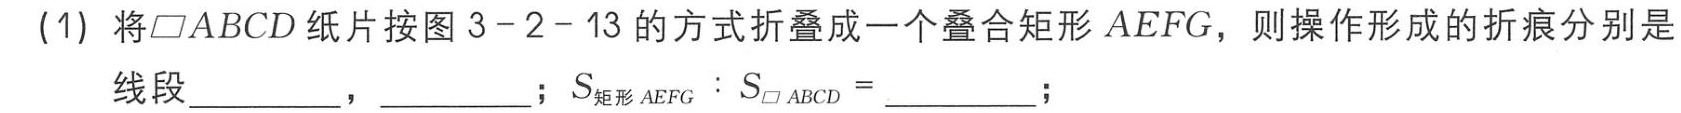
(1) 将$\square ABCD$纸片按图3 - 2 - 13的方式折叠成一个叠合矩形$AEFG$，则操作形成的折痕分别是线段  ，  ；$S_{矩形\ AEFG}:S_{\square\ ABCD}=$  ；